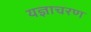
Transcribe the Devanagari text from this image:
यज्ञाचरण